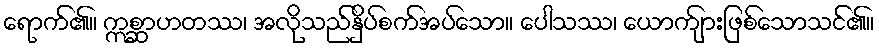
ရောက်၏။ ဣစ္ဆာဟတဿ၊ အလိုသည်နှိပ်စက်အပ်သော။ ပေါသဿ၊ ယောကျာ်းဖြစ်သောသင်၏။